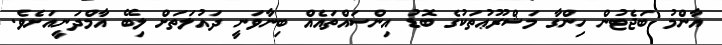
އާންމު ބަޖެޓުން ހިންގާ މަޝްރޫޢުތަކުގެ ބޮޑު އިންސައްތައެއް ބިނާވަނީ ދައުލަތަށް ލިބޭ އާމްދަނީއަށެވެ.